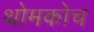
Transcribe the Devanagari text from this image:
थोमकोच